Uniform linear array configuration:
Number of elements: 24
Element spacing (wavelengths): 0.25
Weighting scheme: cosine
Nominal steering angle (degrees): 45
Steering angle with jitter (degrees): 46.011
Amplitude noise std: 0.05
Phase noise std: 0.05

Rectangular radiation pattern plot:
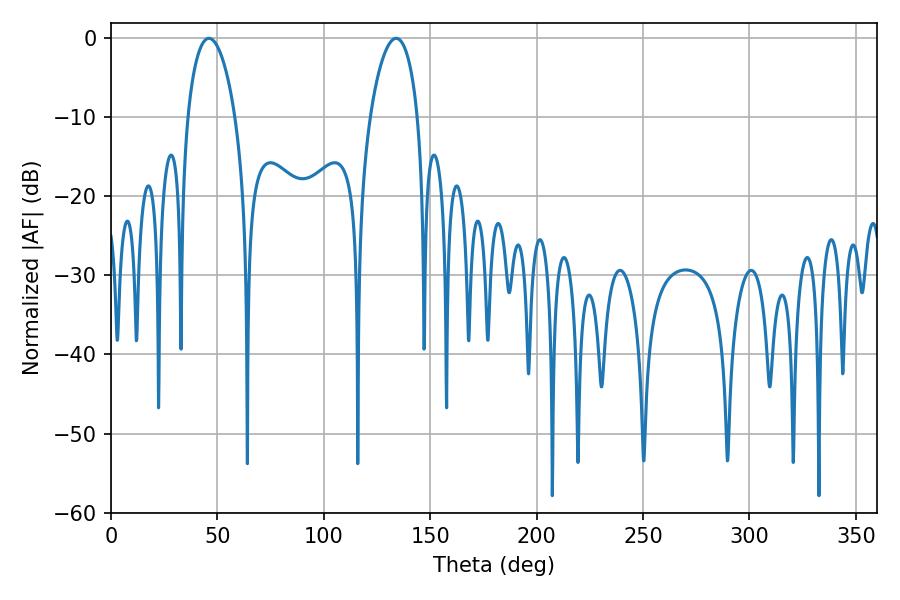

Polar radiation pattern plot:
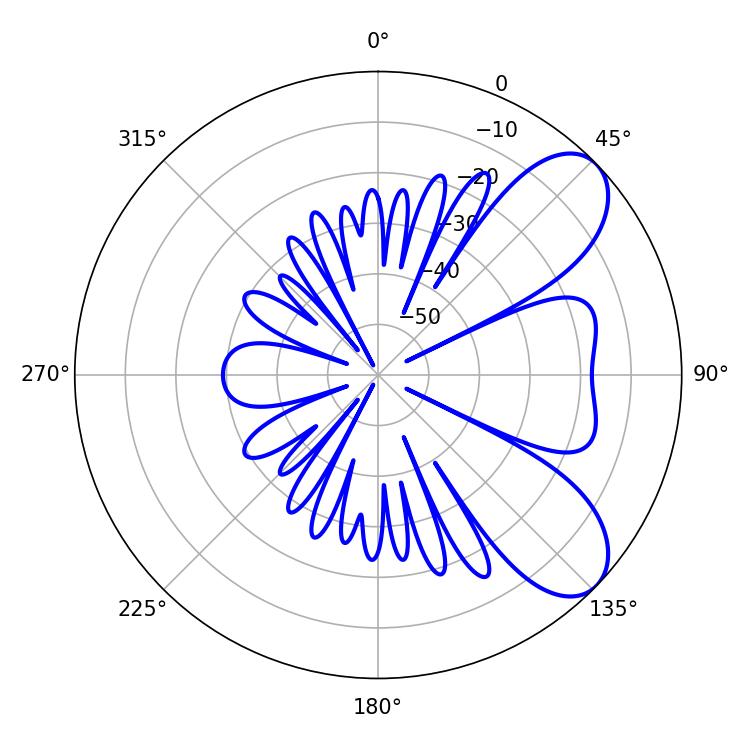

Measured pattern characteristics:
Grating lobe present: FALSE
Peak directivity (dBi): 7.511
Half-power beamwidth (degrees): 12.78
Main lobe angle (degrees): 133.92